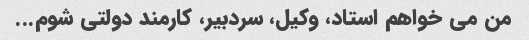
من می خواهم استاد، وکیل، سردبیر، کارمند دولتی شوم...